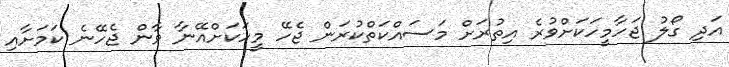
އަދި ގޯލު ޖަހާމީހަކަށްވުރެ އިތުރަށް މަސައްކަތްކުރަން ޖެހޭ މީހަކަށްއޭނާ ވާން ޖެހޭނެ ކަމަށާއި